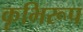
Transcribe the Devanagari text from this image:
कृभिरूप